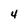
Character: 4